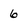
Character: 6